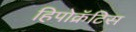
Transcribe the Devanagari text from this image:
हिपोक्रॅटिस